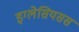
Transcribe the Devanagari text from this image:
इग्लेसियसस